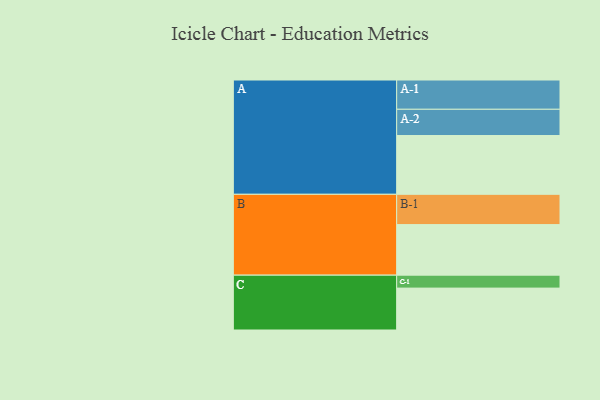
{"axis": {"x": "Segment", "y": "Value"}, "legend": ["", "A", "B", "C"], "data": [{"x": "A", "y": 522, "type": ""}, {"x": "B", "y": 449, "type": ""}, {"x": "C", "y": 372, "type": ""}, {"x": "A-1", "y": 260, "type": "A"}, {"x": "A-2", "y": 233, "type": "A"}, {"x": "B-1", "y": 269, "type": "B"}, {"x": "C-1", "y": 115, "type": "C"}]}